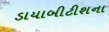
ડાયાબીટીશના